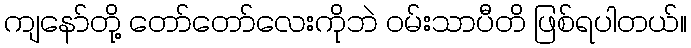
ကျနော်တို့ တော်တော်လေးကိုဘဲ ဝမ်းသာပီတိ ဖြစ်ရပါတယ်။